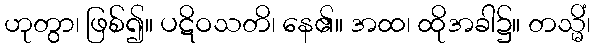
ဟုတွာ၊ ဖြစ်၍။ ပဋိဝသတိ၊ နေ၏။ အထ၊ ထိုအခါ၌။ တသ္မိံ၊